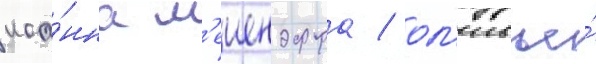
иоа́нна м'еиендорфа / ол'ивье́